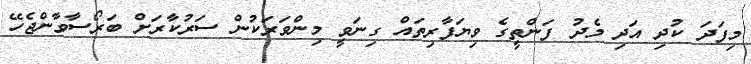
މިފަދަ ކުދި އަދި މެދު ފަންތީގެ ވިޔަފާރިތައް ގިނަވީ މިންވަރަކުން ސަރުކާރަށް ބަރޯސާވާންޖެހޭ